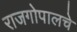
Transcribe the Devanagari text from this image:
राजगोपालचे